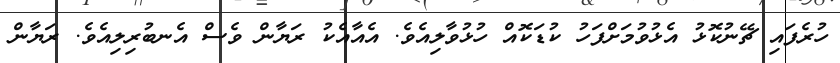
ހުރެފައި ޗޭނުކޮޅު އެޅުވުމަށްފަހު ކުޑަކޮއް ހުޅުވާލިއެވެ. އެއާއެކު ރަޔާން ވެސް އެނބުރިލިއެވެ. ރަޔާން